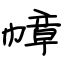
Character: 幛